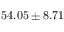
5 4 . 0 5 \pm 8 . 7 1